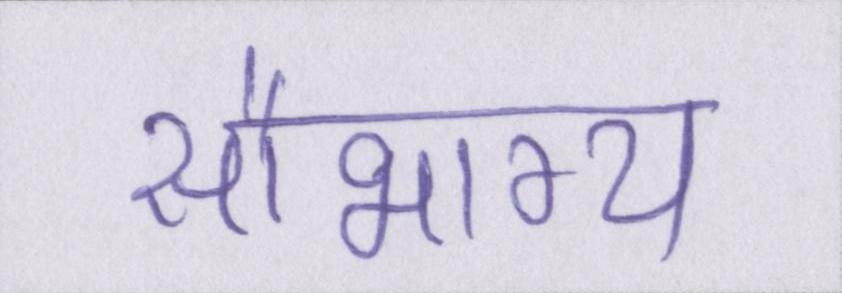
सौभाग्य